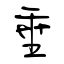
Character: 垂